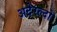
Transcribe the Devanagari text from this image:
अदेरल्दो